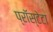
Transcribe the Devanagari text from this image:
प्रॉस्टेटा